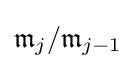
{\mathfrak {m}}_{j}/{\mathfrak {m}}_{j-1}